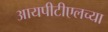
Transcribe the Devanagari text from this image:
आयपीटीएलच्या